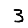
Digit: 3